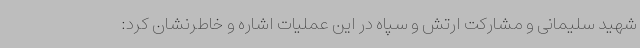
شهید سلیمانی و مشارکت ارتش و سپاه در این عملیات اشاره و خاطرنشان کرد: